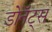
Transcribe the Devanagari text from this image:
डोनॅट्स